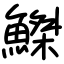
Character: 𫙮